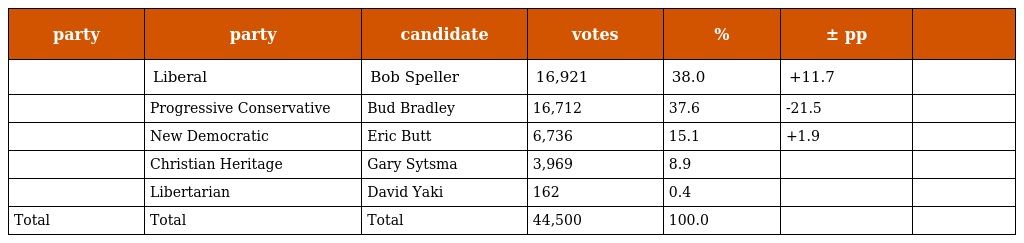
| party | party | candidate | votes | % | ± pp |  |
 | --- | --- | --- | --- | --- | --- | --- |
 |  | Liberal | Bob Speller | 16,921 | 38.0 | +11.7 |  |
 |  | Progressive Conservative | Bud Bradley | 16,712 | 37.6 | -21.5 |  |
 |  | New Democratic | Eric Butt | 6,736 | 15.1 | +1.9 |  |
 |  | Christian Heritage | Gary Sytsma | 3,969 | 8.9 |  |  |
 |  | Libertarian | David Yaki | 162 | 0.4 |  |  |
 | Total | Total | Total | 44,500 | 100.0 |  |  |